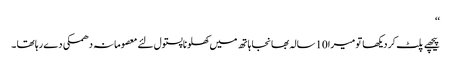
‘‘
پیچھے پلٹ کر دیکھا تو میرا10سالہ بھانجا ہاتھ میں کھلونا پستول لئے معصومانہ دھمکی دے رہا تھا ۔